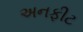
અનફીટ